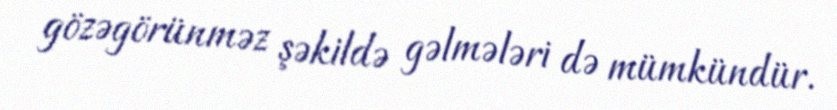
gözəgörünməz şəkildə gəlmələri də mümkündür.